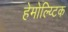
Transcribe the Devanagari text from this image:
हेमोल्य्टिक